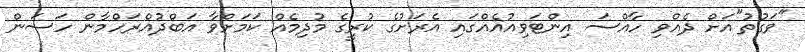
"ވަގުތު"އަށް ދެއްވި ހާއްސަ އިންޓަވިއުއެއްގައި އެރަށުގެ ކުރީގެ މުދިމެއް ކަމަށްވާ އަބްދުއްރަހްމާން ހަސަން